Lunatic asylums Punjab 1911-1921 - 1911-1921
Year: 1911
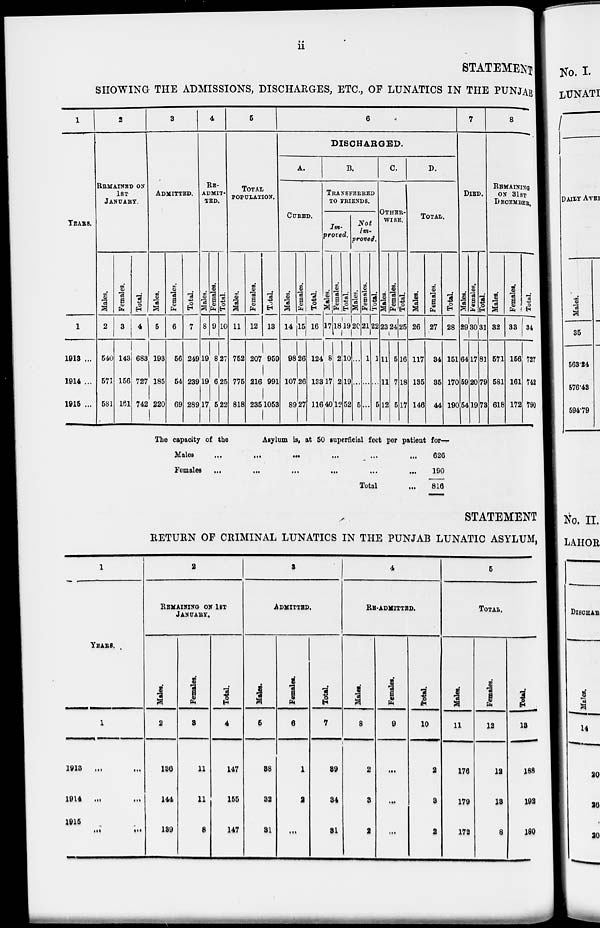
ii
STATEMENT
SHOWING THE ADMISSIONS, DISCHARGES, ETC., OF LUNATICS IN THE PUNJAB
1
YEARS.
1
1913 ...
1914 ...
1915 ...
2
REMAINED ON
1ST
JANUARY.
Males.
2
540
571
581
Females.
3
143
156
161
Total.
4
683
727
742
3
ADMITTED.
Males.
5
193
185
220
Females.
6
56
54
69
Total.
7
249
239
289
4
RE-
------
---.
Males.
8
19
19
17
Females.
9
8
6
5
Total.
10
27
25
22
5
TOTAL
POPULATION.
Males.
11
752
775
818
Females.
12
207
216
235
Total.
13
959
991
1053
6
DISCHARGED.
A.
CURED.
Males.
14
98
107
89
Females.
15
26
26
27
Total.
16
124
133
116
B.
TRANSFERRED
TO FRIENDS.
Im-
proved.
Males.
17
8
17
40
Females.
18
2
2
12
Total.
19
10
19
52
Not
Im-
proved.
Males.
20
...
...
5
Females.
21
1
...
...
Total.
22
1
...
5
C.
OTHER-
WISE.
Males.
23
11
11
12
Females.
24
5
7
5
Total.
25
16
18
17
D.
TOTAL.
Males.
26
117
135
146
Females.
27
34
35
44
Total.
28
151
170
190
The capacity of the
Asylum is, at 50 superficial feet per patient for—
Males
...
...
...
... ... ...
Females
...
...
...
...
...
...
Total ...
626
190
816
7
DIED.
Males.
29
64
59
54
Females.
30
17
20
19
Total.
31
81
79
73
8
REMAINING
ON 31ST
DECEMBER.
Males.
32
571
581
618
Females.
33
156
161
172
Total.
34
727
742
790
STATEMENT
RETURN OF CRIMINAL LUNATICS IN THE PUNJAB LUNATIC ASYLUM
1
YEARS.
1
1913 ... ...
1914 ... ...
1915
...
...
2
REMAINING OF 1ST
JANUARY.
Males.
2
136
144
139
Females.
3
11
11
8
Total.
4
147
155
147
3
ADMITTED.
Males.
5
38
32
31
Females.
6
1
2
...
Total.
7
39
34
31
4
RE-ADMITTED.
Males.
8
2
3
2
Females.
9
...
...
...
Total.
10
2
3
2
5
TOTAL.
Males.
11
176
179
172
Females.
12
12
13
8
Total.
13
188
192
180